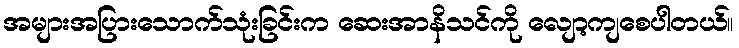
အများအပြားသောက်သုံးခြင်းက ဆေးအာနိသင်ကို လျော့ကျစေပါတယ်။